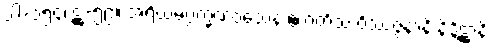
ပါ-၁၅၄၊ ဋ္ဌ-၅၉။ အရိယမဂ္ဂက္ခဏဝသေန ဧကတိံသ ဝိဿဇ္ဇနာနိ နိဒ္ဒိဋ္ဌာနိ